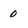
Character: 0